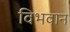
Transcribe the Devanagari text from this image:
विभवान